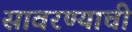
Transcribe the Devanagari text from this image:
सावरण्याची